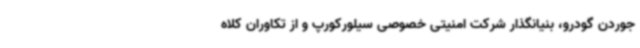
جوردن گودرو، بنیانگذار شرکت امنیتی خصوصی سیلورکورپ و از تکاوران کلاه